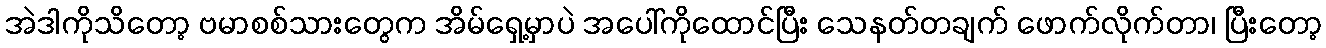
အဲဒါကိုသိတော့ ဗမာစစ်သားတွေက အိမ်ရှေ့မှာပဲ အပေါ်ကိုထောင်ပြီး သေနတ်တချက် ဖောက်လိုက်တာ၊ ပြီးတော့